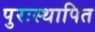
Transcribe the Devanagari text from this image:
पुरःस्थापित